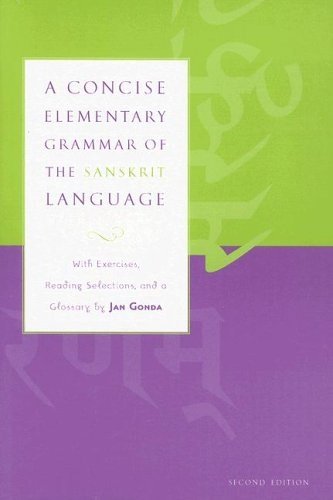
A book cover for A Concise Elementary Grammar of the Sanskrit Language; Jan Gonda; Reference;